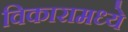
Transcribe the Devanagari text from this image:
विकारामध्ये